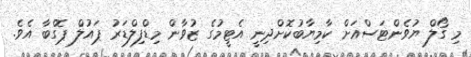
މި ގޯލް ޔުވެންޓަސްއަށް ކާމިޔާބުކޮށްދިނީ އެޓީމުގެ ޒުވާން މިޑްފިލްޑަރު ޕައުލް ޕޮގްބާ އެވެ.